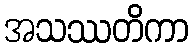
အသဿတိကာ